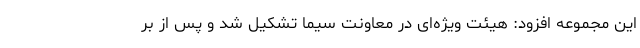
این مجموعه افزود: هیئت ویژه‌ای در معاونت سیما تشکیل شد و پس از بر